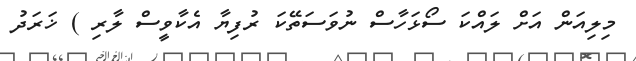
މިލިއަން އަށް ލައްކަ ސޯޅަހާސް ނުވަސަތޭކަ ރުފިޔާ އެކާވީސް ލާރި ) ޚަރަދު